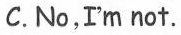
C.No,I'm not.